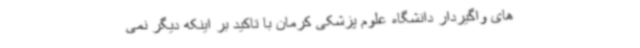
های واگیردار دانشگاه علوم پزشکی کرمان با تاکید بر اینکه دیگر نمی